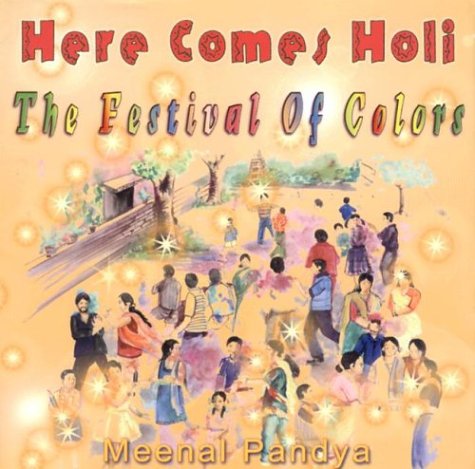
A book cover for Here Comes Holi: The Festival of Colors; Meenal Atul Pandya; Children's Books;